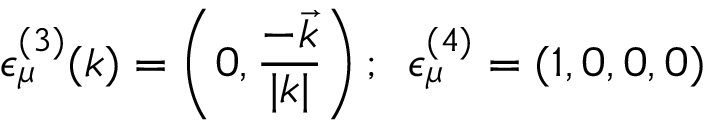
\epsilon _ { \mu } ^ { ( 3 ) } ( k ) = \left( 0 , \frac { - \vec { k } } { | k | } \right) ; \ \, \epsilon _ { \mu } ^ { ( 4 ) } = ( 1 , 0 , 0 , 0 )